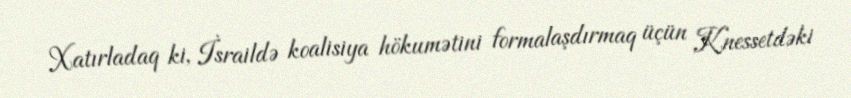
Xatırladaq ki, İsraildə koalisiya hökumətini formalaşdırmaq üçün Knessetdəki